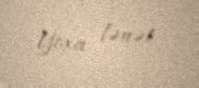
Yoxa lənət.